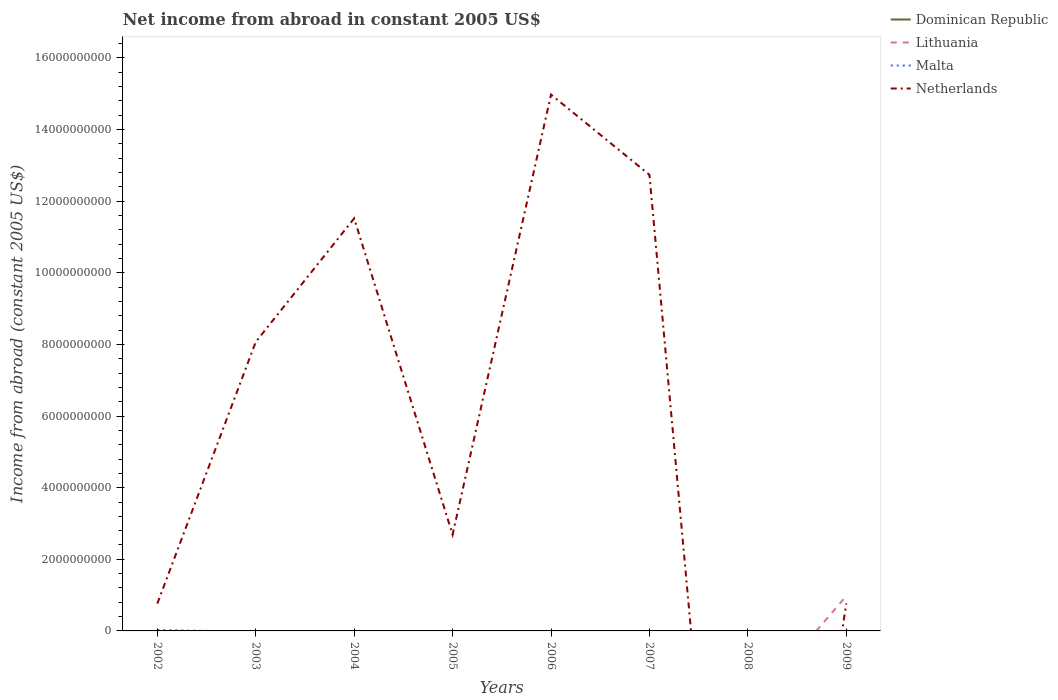
| Years | Dominican Republic | Lithuania | Malta | Netherlands |
 | --- | --- | --- | --- | --- |
 | 2002 | -1.15e+09 | -1.63e+08 | 2.74e+07 | 7.63e+08 |
 | 2003 | -1.39e+09 | -5.44e+08 | -2.55e+07 | 8.07e+09 |
 | 2004 | -1.81e+09 | -7.6e+08 | -6.96e+07 | 1.15e+10 |
 | 2005 | -1.9e+09 | -4.89e+08 | -2.71e+08 | 2.69e+09 |
 | 2006 | -1.85e+09 | -7.96e+08 | -2.33e+08 | 1.5e+10 |
 | 2007 | -2.18e+09 | -2.05e+09 | -2.99e+08 | 1.27e+10 |
 | 2008 | -1.75e+09 | -2.24e+09 | -1.07e+08 | -1.74e+10 |
 | 2009 | -1.73e+09 | 9.77e+08 | -4.43e+08 | 7.67e+08 |